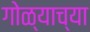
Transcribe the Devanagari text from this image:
गोळ्याच्या